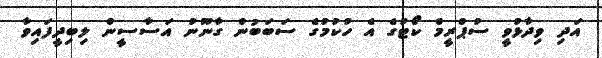
އަދި ވިދާޅުވީ ސުޕްރީމް ކޯޓުގެ އެ ހުކުމުގެ ސަބަބުން ގާނޫނު އަސާސީން ލިބިދީފައިވާ